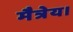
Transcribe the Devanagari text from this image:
मैत्रेय।